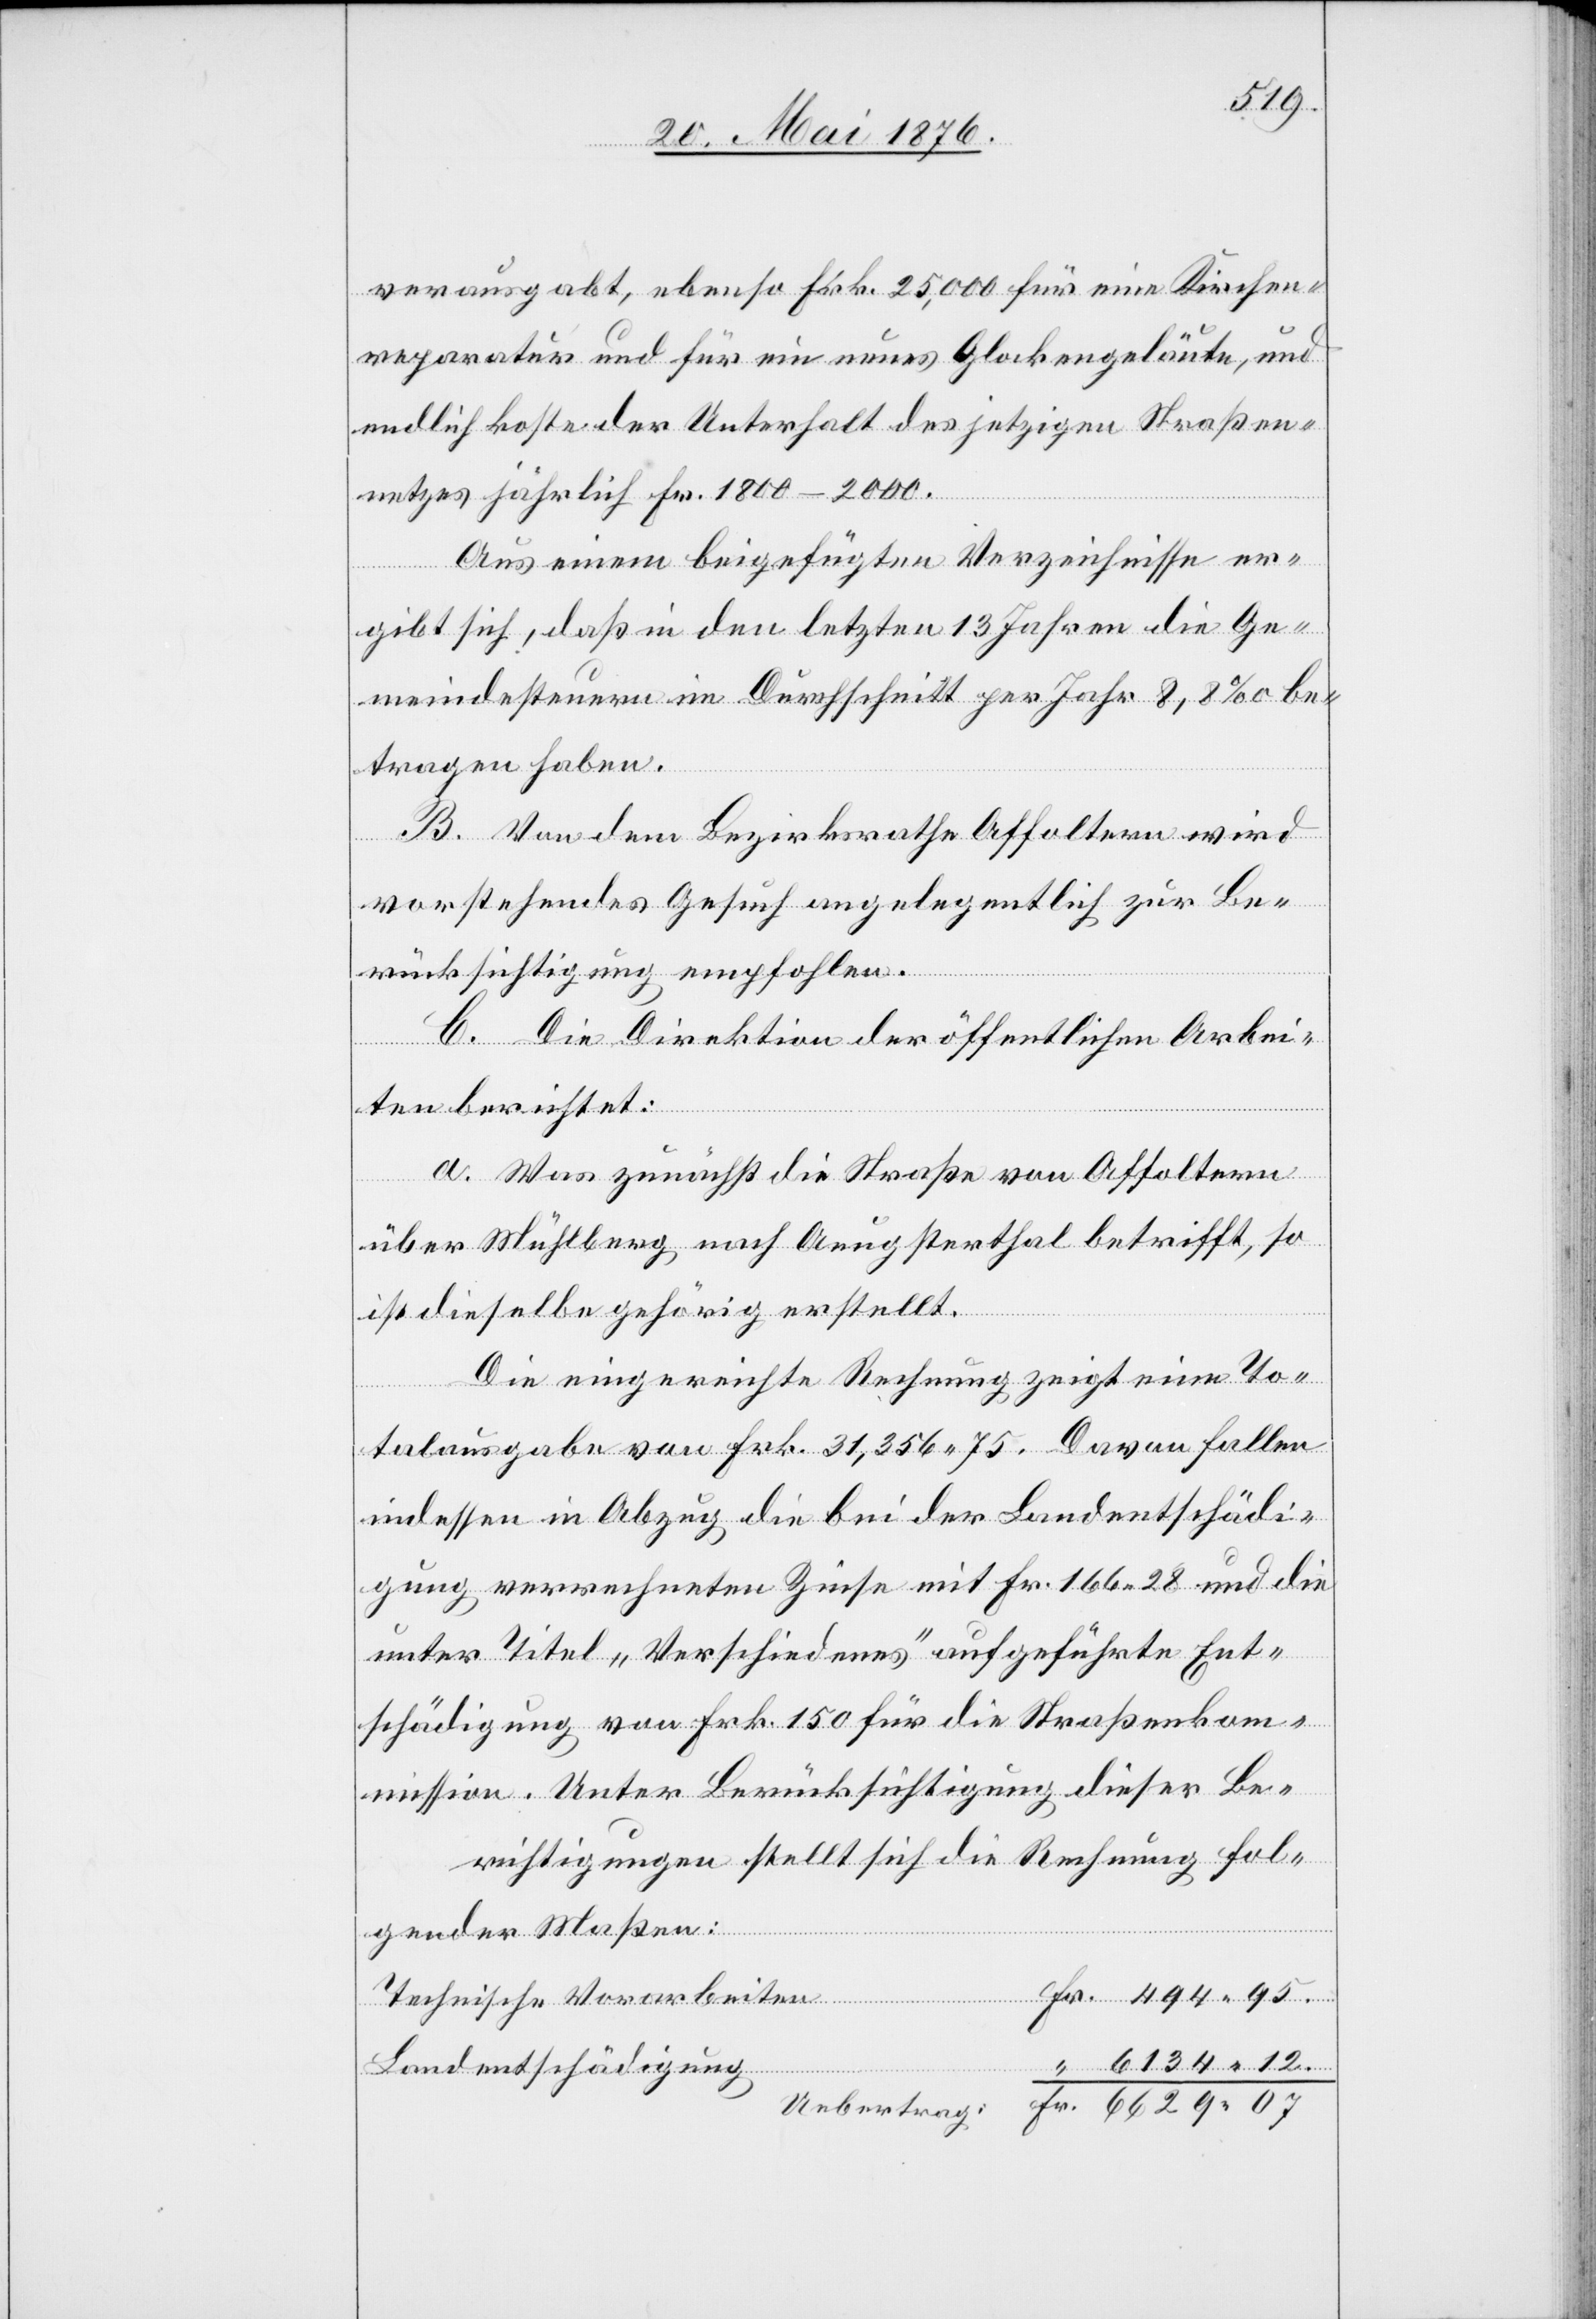
verausgabt, ebenso Frk. 25,000 für eine Kirchen¬
reparatur und für ein neues Glockengeläute, und
endlich koste der Unterhalt des jetzigen Straßen¬
netzes jährlich Fr. 1800–2000.
Aus einem beigefügten Verzeichnisse er¬
gibt sich, daß in den letzten 13 Jahren die Ge¬
meindesteuern im Durchschnitt per Jahr 8,8 ‰ be¬
tragen haben.
B. Von dem Bezirksrathe Affoltern wird
vorstehendes Gesuch angelegentlich zur Be¬
rücksichtigung empfahlen.
C. Die Direktion der öffentlichen Arbei¬
ten berichtet:
a. Was zunächst die Straße von Affoltern
über Mühlberg nach Aeugsterthal betrifft, so
ist dieselbe gehörig erstellt.
Die eingereichte Rechnung zeigte eine To¬
talausgabe von Frk. 31,365 75. Davon fallen
indessen in Abzug die bei der Landrechtschädi¬
gung verrechnete Zinse mit Frk. 166 28 und die
unter Titel „Verschiedenes“ aufgeführte Ent¬
schädigung von Frk. 150 für die Straßenkom¬
Fr.
mission. Unter Berücksichtigung dieser Be¬
willigung stellt sich, die Rechnung fol¬
gender Maßen:
Technische Vorarbeiten
Landentschädigung